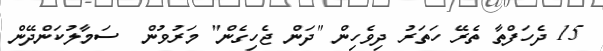
15 ދެހަފްތާ ތެރޭ ހަތަރު ދިވެހިން "ދަން ޖެހިގެން" މަރުވުން  ސަމާލުކަންދޭން